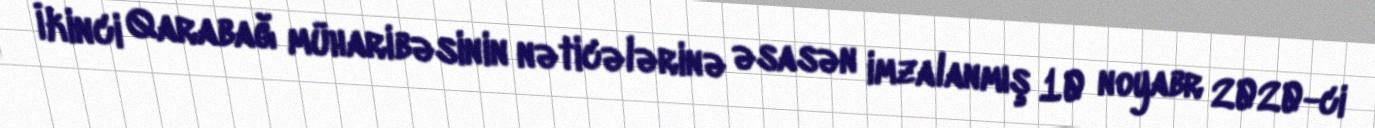
İkinci Qarabağ müharibəsinin nəticələrinə əsasən imzalanmış 10 noyabr 2020-ci